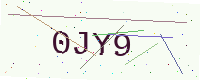
Text: 0JY9